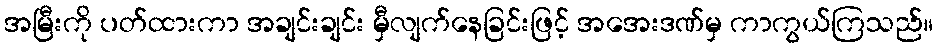
အမြီးကို ပတ်ထားကာ အချင်းချင်း မှီလျက်နေခြင်းဖြင့် အအေးဒဏ်မှ ကာကွယ်ကြသည်။